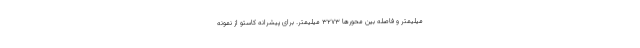
میلیمتر و فاصله بین محورها 3273 میلیمتر. برای پیشرانه کاستو از نمونه